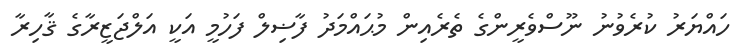
ހައްޔަރު ކުރެވުނު ނޫސްވެރީންގެ ތެރެއިން މުޙައްމަދު ފާޟިލް ފަހުމީ އަކީ އަލްޖަޒީރާގެ ޤާހިރާ